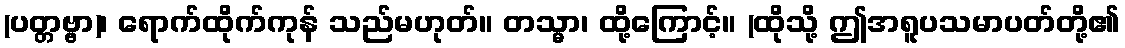
(ပတ္တဗ္ဗာ)၊ ရောက်ထိုက်ကုန် သည်မဟုတ်။ တသ္မာ၊ ထို့ကြောင့်။ (ထိုသို့ ဤအရူပသမာပတ်တို့၏